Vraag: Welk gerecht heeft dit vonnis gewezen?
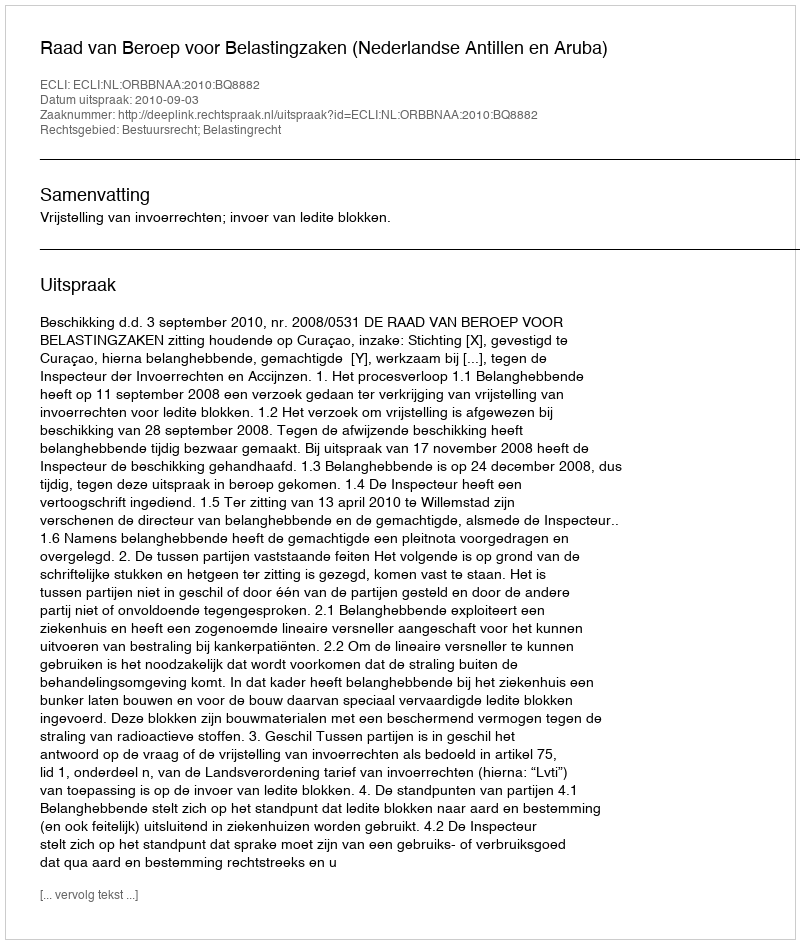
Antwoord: Raad van Beroep voor Belastingzaken (Nederlandse Antillen en Aruba)